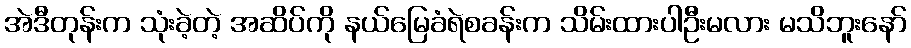
အဲဒီတုန်းက သုံးခဲ့တဲ့ အဆိပ်ကို နယ်မြေခံရဲစခန်းက သိမ်းထားပါဦးမလား မသိဘူးနော်